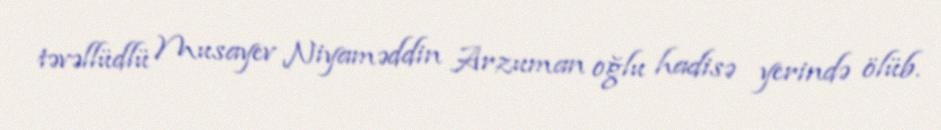
təvəllüdlü Musayev Niyaməddin Arzuman oğlu hadisə yerində ölüb.